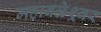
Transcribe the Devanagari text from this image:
महाबळेश्र्वर